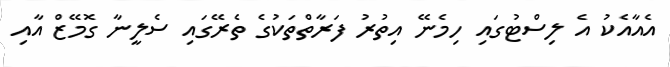
އެއާއެކު އެ ލިސްޓުގައި ހިމެނޭ އިތުރު ފަރާތްތަކުގެ ތެރޭގައި ސެލީނާ ގޮމޭޒް އާއި